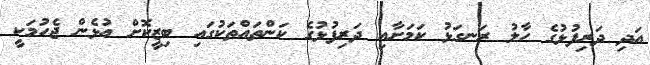
އަދި ދަރިފުޅުގެ ހާލު ރަނގަޅު ކަމަށާއި ދަރިފުޅުގެ ކަންތައްތަކުގައި ބިޒީކޮށް އުޅެން ޖެހުމަކީ